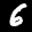
Label: 6